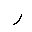
Letter: _ra